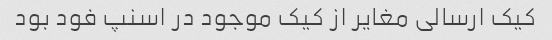
کیک ارسالی مغایر از کیک موجود در اسنپ فود بود